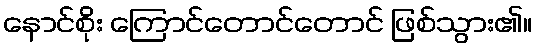
နောင်စိုး ကြောင်တောင်တောင် ဖြစ်သွား၏။